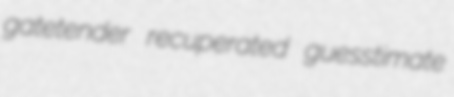
gatetender recuperated guesstimate